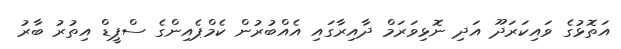
އަތޮޅުގެ ވައިކަރަދޫ އަދި ނޮޅިވަރަމް ދާއިރާގައި އެއްބުރުން ކެމްޕެއިންގެ ސްޕީޑް އިތުރު ބާރު